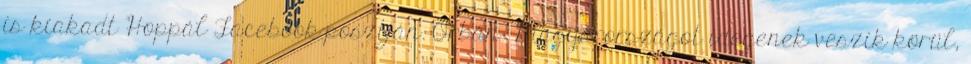
is kiakadt Hoppál Facebook-posztján. Orbán: Magyarországot idegenek veszik körül,